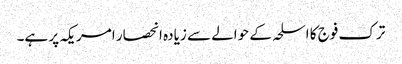
ترک فوج کا اسلحہ کے حوالے سے زیادہ انحصار امریکہ پر ہے۔